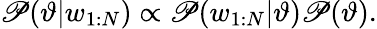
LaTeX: \mathscr{P}(\vartheta|w_{1:N})\propto\mathscr{P}(w_{1:N}|\vartheta)\mathscr{P}(\vartheta).